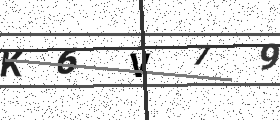
Text: K6V79